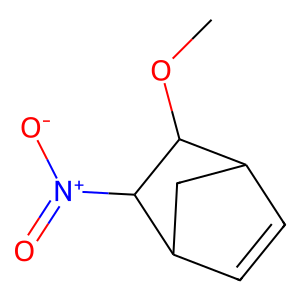
SMILES: COC1C2C=CC(C2)C1[N+](=O)[O-]
Inhibits HIV replication: No